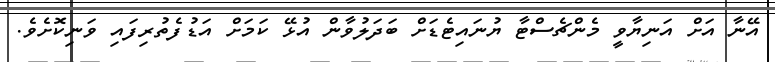
އޭނާ އަށް އަނިޔާވީ މެންޗެސްޓާ ޔުނައިޓެޑަށް ބަދަލުވާން އުޅޭ ކަމަށް އަޑުފެތުރިފައި ވަނިކޮށެވެ.